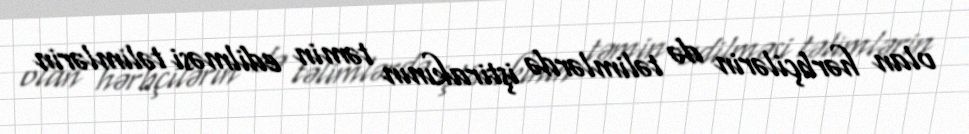
olan hərbçilərin də təlimlərdə iştirakının təmin edilməsi təlimlərin